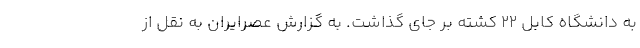
به دانشگاه کابل 22 کشته بر جای گذاشت. به گزارش عصرایران به نقل از